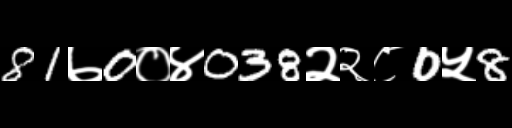
Text: 81७0०४038२२८0५8